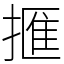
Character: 㨤